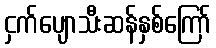
ငှက်ပျောသီးဆန်နှစ်ကြော်